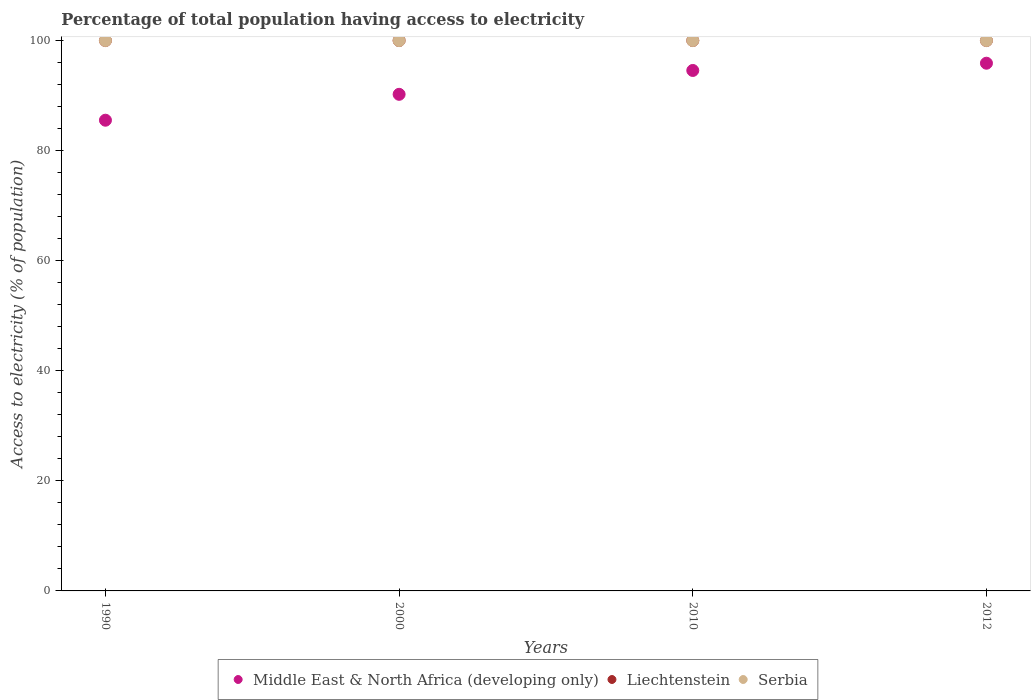
| Years | Middle East & North Africa (developing only) | Liechtenstein | Serbia |
 | --- | --- | --- | --- |
 | 1990 | 85.5 | 100 | 100 |
 | 2000 | 90.2 | 100 | 100 |
 | 2010 | 94.6 | 100 | 100 |
 | 2012 | 95.9 | 100 | 100 |